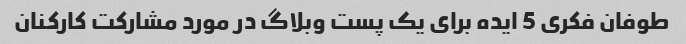
طوفان فکری 5 ایده برای یک پست وبلاگ در مورد مشارکت کارکنان